Veterinary regulations India, 1935 -
Year: 1935
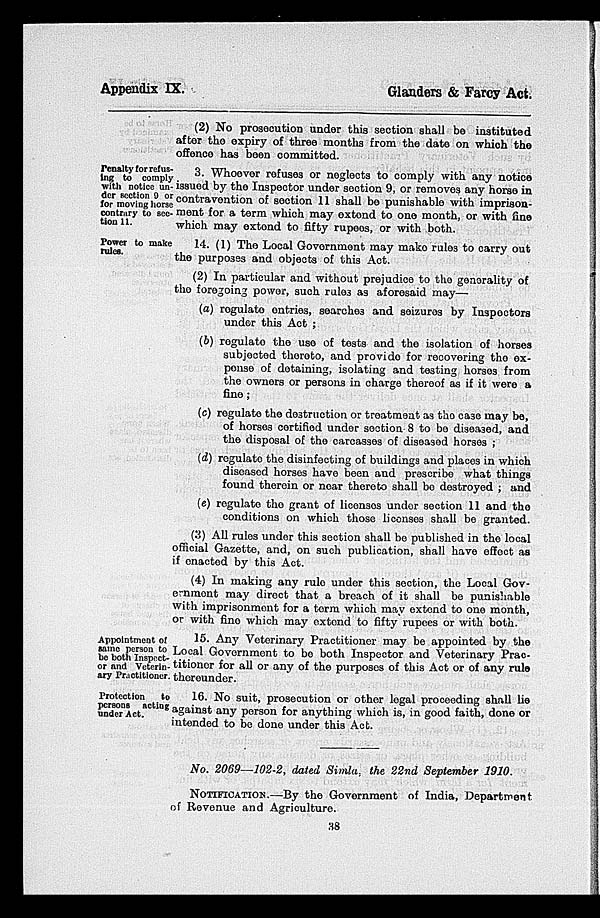
Appendix IX.
Glanders & Farcy Act.
(2) No prosecution under this section shall be instituted
after the expiry of three months from the date on which the
offence has been committed.
Penalty for refus-
ing to comply
with notice un-
der section 9 or
for moving horse
contrary to sec-
tion 11.
3. Whoever refuses or neglects to comply with any notice
issued by the Inspector under section 9, or removes any horse in
contravention of section 11 shall be punishable with imprison-
ment for a term which may extend to one month, or with fine
which may extend to fifty rupees, or with both.
Power to make
rules.
14. (1) The Local Government may make rules to carry out
the purposes and objects of this Act.
(2) In particular and without prejudice to the generality of
the foregoing power, such rules as aforesaid may—
(a) regulate entries, searches and seizures by Inspectors
under this Act ;
(b) regulate the use of tests and the isolation of horses
subjected thereto, and provide for recovering the ex-
pense of detaining, isolating and testing horses from
the owners or persons in charge thereof as if it were a
fine;
(c) regulate the destruction or treatment as the case may be,
of horses certified under section 8 to be diseased, and
the disposal of the carcasses of diseased horses ;
(d) regulate the disinfecting of buildings and places in which
diseased horses have been and prescribe what things
found therein or near thereto shall be destroyed ; and
(e) regulate the grant of licenses under section 11 and the
conditions on which those licenses shall be granted.
(3) All rules under this section shall be published in the local
official Gazette, and, on such publication, shall have effect as
if enacted by this Act.
(4) In making any rule under this section, the Local Gov-
ernment may direct that a breach of it shall be punishable
with imprisonment for a term which may extend to one month,
or with fine which may extend to fifty rupees or with both.
Appointment of
same person to
be both Inspect-
or and Veterin-
ary Practitioner.
15. Any Veterinary Practitioner may be appointed by the
Local Government to be both Inspector and Veterinary Prac-
titioner for all or any of the purposes of this Act or of any rule
thereunder.
Protection
to
persons acting
under Act.
16. No suit, prosecution or other legal proceeding shall lie
against any person for anything which is, in good faith, done or
intended to be done under this Act.
No. 2069—102-2, dated Simla, the 22nd September 1910.
NOTIFICATION.—By the Government of India, Department
of Revenue and Agriculture.
38